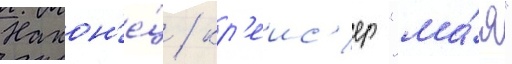
Након'е́ц / кр'еис'ер "ма́я"